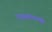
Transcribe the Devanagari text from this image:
राजव्यक्तीच्यामुळे